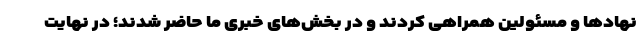
نهادها و مسئولین همراهی کردند و در بخش‌های خبری ما حاضر شدند؛ در نهایت